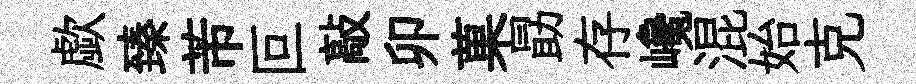
歔臻芾叵敲卯菓勗存巉混始克